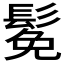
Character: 𫙁